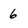
Character: 6